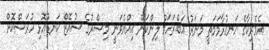
އެމެރިކާގެ ހަނގުރާމަމަތީ މަނަރު އަބްރަހަމް ލިންކަން އިއްޔެވަނީ މިސްރުގެ ސުއޭޒް ކަނޑުއޮޅި ހުރަސްކޮށް